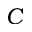
C